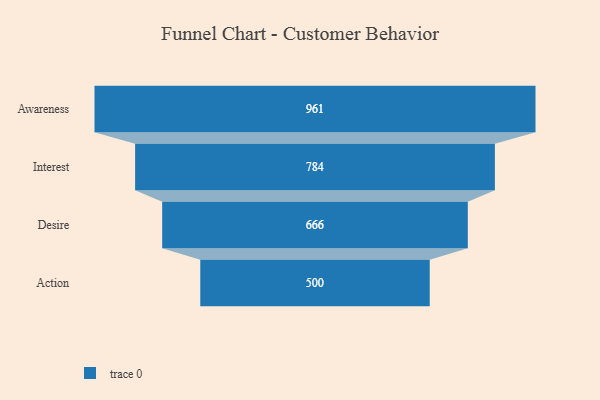
{"axis": {"x": "Stage", "y": "Value"}, "legend": [""], "data": [{"x": "Awareness", "y": 961.0, "type": ""}, {"x": "Interest", "y": 784.0, "type": ""}, {"x": "Desire", "y": 666.0, "type": ""}, {"x": "Action", "y": 500, "type": ""}]}